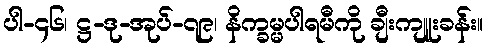
ပါ-၄၆၊ ဋ္ဌ-ဒု-အုပ်-၇၉၊ နိက္ခမ္မပါရမီကို ချီးကျူးခန်း။